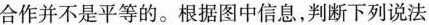
合作并不是平等的。根据图中信息，判断下列说法